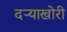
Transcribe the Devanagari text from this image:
दऱ्‍याखोरी